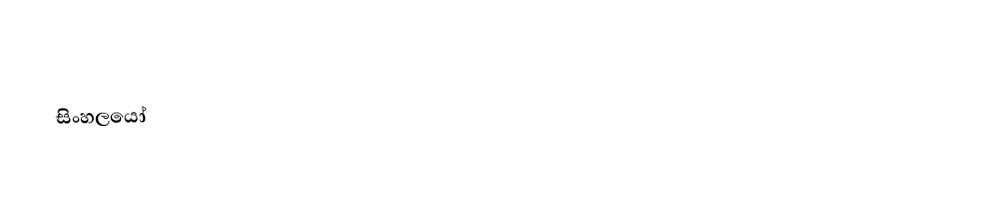
සිංහලයෝ